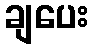
ချပေး